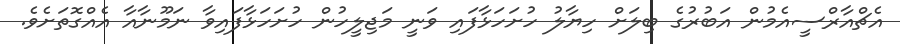
އެޗްއާރްސީއެމުން އަބުރުގެ ބިލަށް ހިޔާލު ހުށަހަޅާފައި ވަނީ މަޖިލީހުން ހުށަހަޅާފައިވާ ނަމޫނާއާ އެއްގޮތަށެވެ.